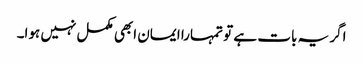
اگر یہ بات ہے تو تمہارا ایمان ابھی مکمل نہیں ہوا۔